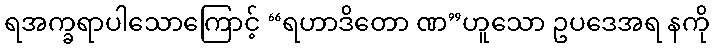
ရအက္ခရာပါသောကြောင့် “ရဟာဒိတော ဏ”ဟူသော ဥပဒေအရ နကို